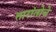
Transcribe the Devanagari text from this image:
तारांतोचे